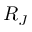
R _ { J }